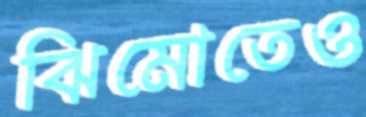
ঝিমোতেও